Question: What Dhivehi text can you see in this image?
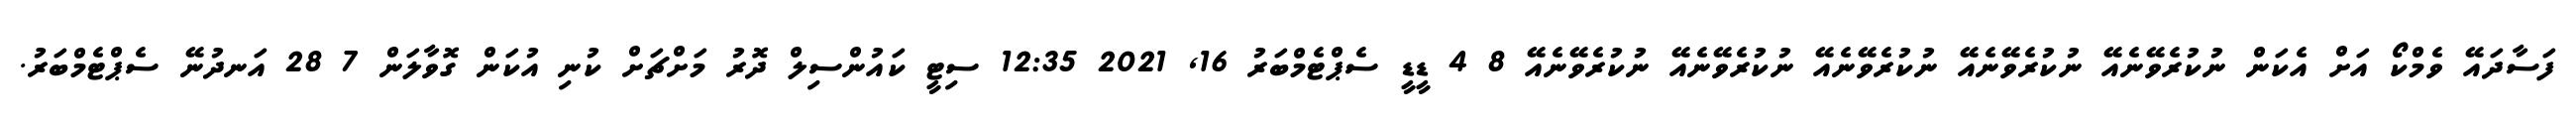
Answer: ފަސާދައޭ ވެމްކޯ އަށް އެކަން ނުކުރެވޭނެއޭ ނުކުރެވޭނެއޭ ނުކުރެވޭނެއޭ ނުކުރެވޭނެއޭ ނުކުރެވޭނެއޭ 8 4 ޑީޑީ ސެޕްޓެމްބަރު 16, 2021 12:35 ސިޓީ ކައުންސިލް ދޮރު މަށްޗަށް ކުނި އުކަން ގޮވާލަން 7 28 އަނދުނޭ ސެޕްޓެމްބަރު.